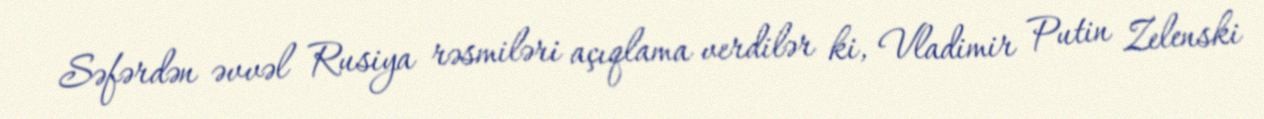
Səfərdən əvvəl Rusiya rəsmiləri açıqlama verdilər ki, Vladimir Putin Zelenski